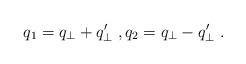
LaTeX: \begin{align*}q_1 = q_{\bot} + q'_{\bot} \;, q_2 = q_{\bot} - q'_{\bot} \;.\end{align*}